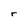
Character: r